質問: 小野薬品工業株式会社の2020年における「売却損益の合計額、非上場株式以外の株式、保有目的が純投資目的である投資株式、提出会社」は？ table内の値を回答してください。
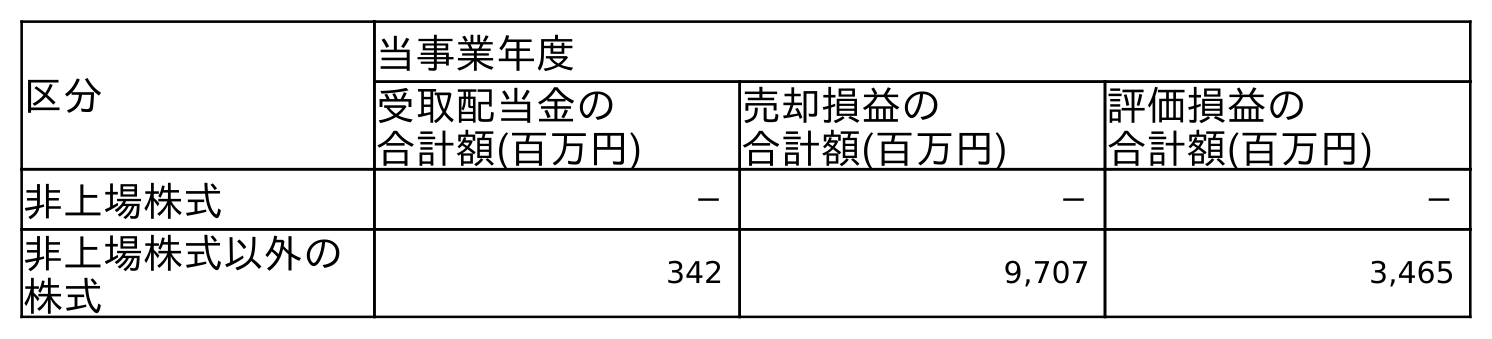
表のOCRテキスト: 区分 当事業年度 受取配当金の 合計額(百万円) 売却損益の 合計額(百万円) 評価損益の 合計額(百万円) 非上場株式 － － － 非上場株式以外の 株式 342 9,707 3,465
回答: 9,707